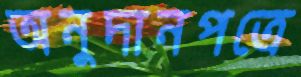
অনুদানপত্রে